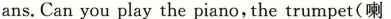
ans.Can you play the piano, the trumpet(喇